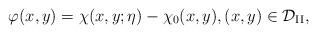
LaTeX: \begin{align*}\varphi(x,y)=\chi(x,y;\eta)-\chi_0(x,y),(x,y)\in\mathcal{D}_{\mathrm{II}},\end{align*}